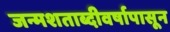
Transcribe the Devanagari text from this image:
जन्मशताब्दीवर्षापासून